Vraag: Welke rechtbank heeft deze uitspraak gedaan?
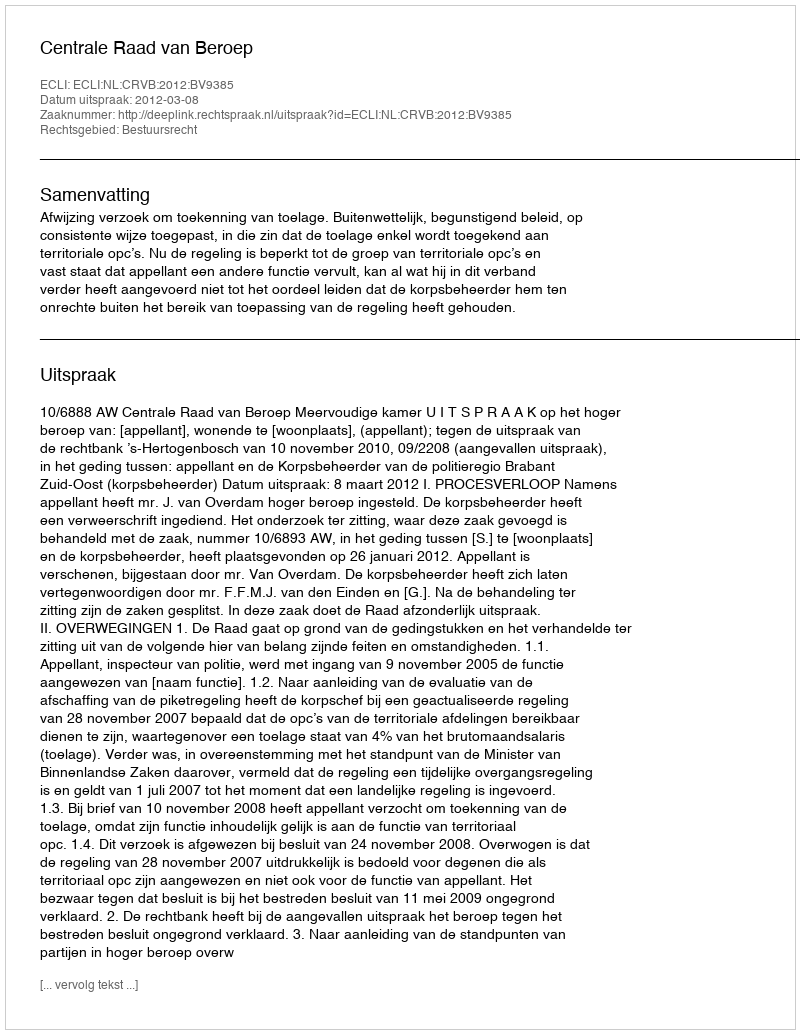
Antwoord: Centrale Raad van Beroep